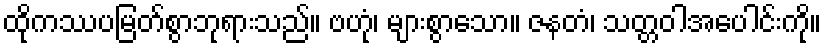
ထိုကဿပမြတ်စွာဘုရားသည်။ ဗဟုံ၊ များစွာသော။ ဇနတံ၊ သတ္တဝါအပေါင်းကို။